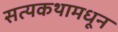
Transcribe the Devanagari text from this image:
सत्यकथामधून